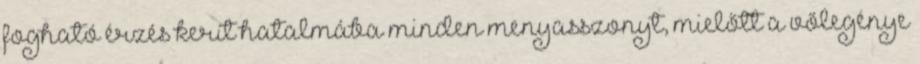
fogható érzés kerít hatalmába minden menyasszonyt, mielőtt a vőlegénye